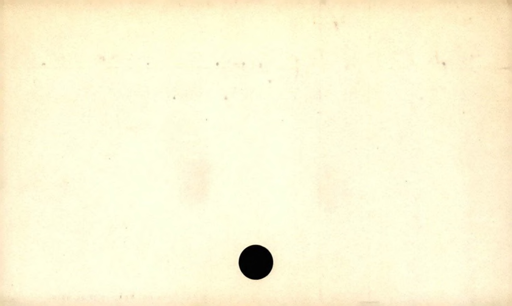
Label: blank